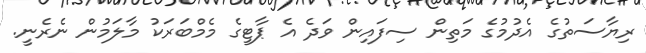
ރިޔާސަތުގެ އެދުމުގެ މަތިން ސިފައިން ވަދެ އެ ޕާޓީގެ މެމްބަރަކު މާލަމުން ނެރެނީ.